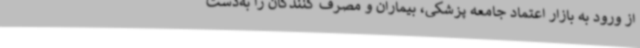
از ورود به بازار اعتماد جامعه پزشکی، بیماران و مصرف کنندگان را به‌دست